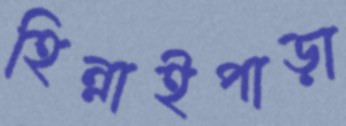
হিন্নাইপাড়া